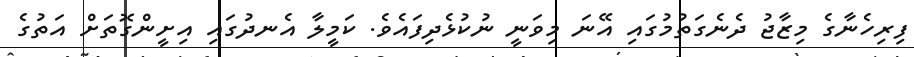
ފިރިހެނާގެ މިޒާޖު ދެނެގަތުމުގައި އޭނަ މިވަނީ ނުކުޅެދިފައެވެ. ކަމީލާ އެނދުގައި އިށީންގޮތަށް އަތުގެ